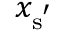
x _ { \mathrm { { s } ^ { ' } } }